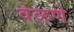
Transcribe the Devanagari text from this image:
वेळणे